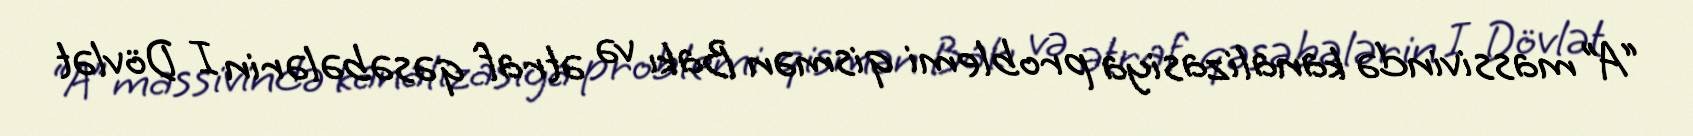
“A” massivində kanalizasiya problemi qismən Bakı və ətraf qəsəbələrin I Dövlət